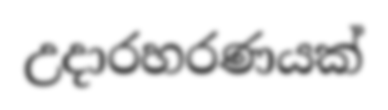
උදාරහරණයක්